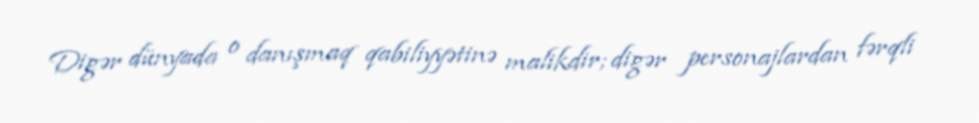
Digər dünyada o danışmaq qabiliyyətinə malikdir; digər personajlardan fərqli